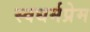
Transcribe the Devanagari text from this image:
स्वधर्मप्रेम